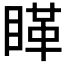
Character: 𰥵